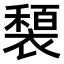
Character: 𫌍